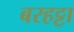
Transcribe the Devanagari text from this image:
बरहट्टा